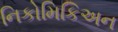
નિકોમિકિઅન